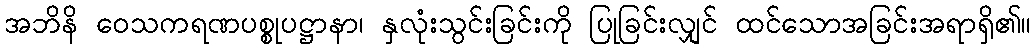
အဘိနိ ဝေသကရဏပစ္စုပဋ္ဌာနာ၊ နှလုံးသွင်းခြင်းကို ပြုခြင်းလျှင် ထင်သောအခြင်းအရာရှိ၏။